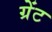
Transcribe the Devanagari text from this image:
ग्रेंट